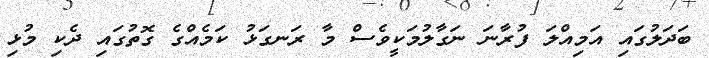
ބަދަލުގައި އަމިއްލަ ފުރާނަ ނަގާލުމަކީވެސް މާ ރަނގަޅު ކަމެއްގެ ގޮތުގައި ދެކި މުޅި